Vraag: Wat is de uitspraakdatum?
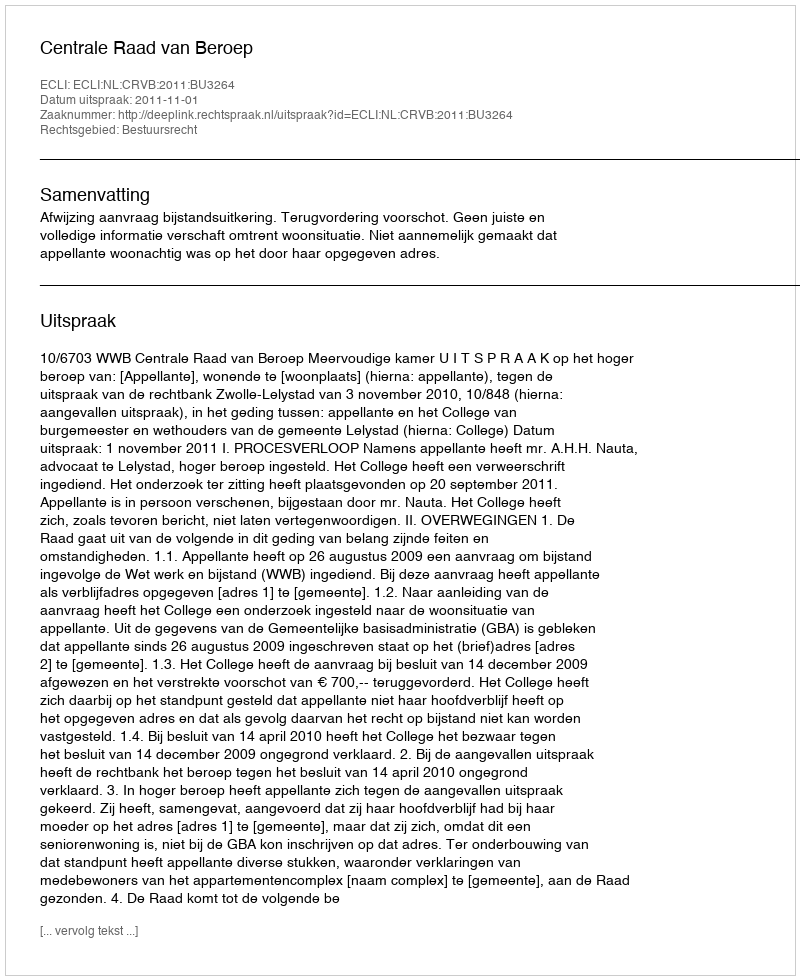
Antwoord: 2011-11-01